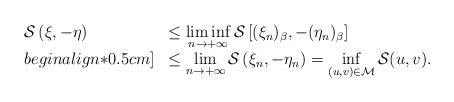
LaTeX: \begin{align*}\left.\begin{array}{ll}\mathcal{S}\left(\xi,-\eta\right)&\leq\liminf\limits_{n\rightarrow+\infty}\mathcal{S}\left[(\xi_n)_{\beta},-(\eta_n)_{\beta}\right]\\begin{align*}0.5cm]&\leq\lim\limits_{n\rightarrow+\infty}\mathcal{S}\left(\xi_n,-\eta_n\right)=\inf\limits_{(u,v)\in\mathcal{M}}\mathcal{S}(u,v).\end{array}\right.\end{align*}